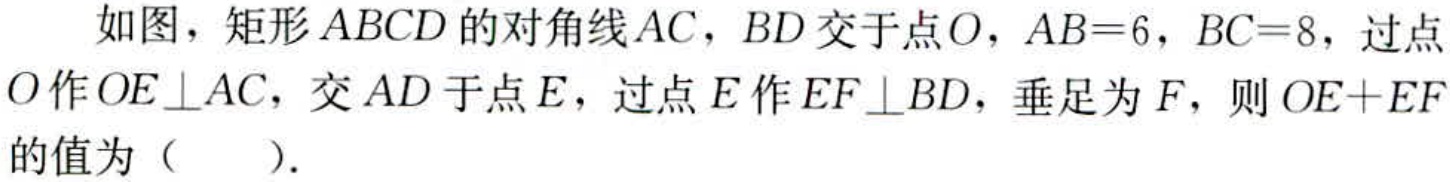
如图，矩形\(ABCD\)的对角线\(AC\)，\(BD\)交于点\(O\)，\(AB = 6\)，\(BC = 8\)，过点\(O\)作\(OE\perp AC\)，交\(AD\)于点\(E\)，过点\(E\)作\(EF\perp BD\)，垂足为\(F\)，则\(OE + EF\)的值为（  ）.